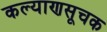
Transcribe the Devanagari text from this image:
कल्याणसूचक